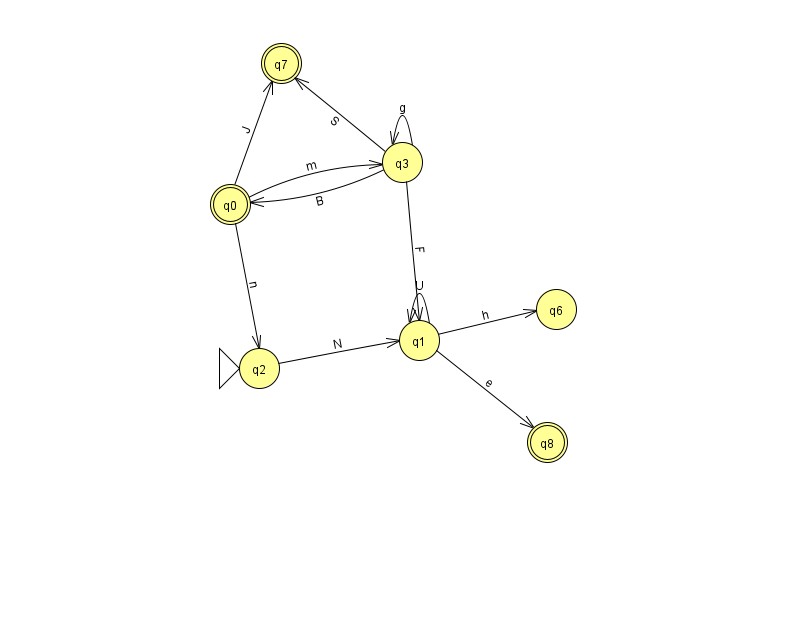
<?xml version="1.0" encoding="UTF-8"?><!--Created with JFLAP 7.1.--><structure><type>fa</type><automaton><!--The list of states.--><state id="0" name="q0"><x>230.0</x><y>191.0</y><final/></state><state id="1" name="q1"><x>419.0</x><y>327.0</y></state><state id="2" name="q2"><x>259.0</x><y>355.0</y><initial/></state><state id="3" name="q3"><x>402.0</x><y>149.0</y></state><state id="6" name="q6"><x>556.0</x><y>296.0</y></state><state id="7" name="q7"><x>281.0</x><y>50.0</y><final/></state><state id="8" name="q8"><x>547.0</x><y>429.0</y><final/></state><!--The list of transitions.--><transition><from>3</from><to>0</to><read>B</read></transition><transition><from>0</from><to>2</to><read>n</read></transition><transition><from>1</from><to>1</to><read>U</read></transition><transition><from>2</from><to>1</to><read>N</read></transition><transition><from>3</from><to>1</to><read>F</read></transition><transition><from>3</from><to>7</to><read>S</read></transition><transition><from>1</from><to>6</to><read>h</read></transition><transition><from>3</from><to>3</to><read>g</read></transition><transition><from>1</from><to>8</to><read>e</read></transition><transition><from>0</from><to>7</to><read>J</read></transition><transition><from>0</from><to>3</to><read>m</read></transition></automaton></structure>